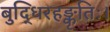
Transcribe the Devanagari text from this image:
बुद्धिरहङ्कृतिः।